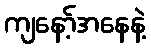
ကျနော့်အနေနဲ့